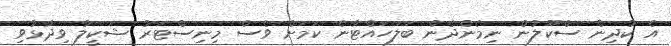
އެ ކުދިން ސްކޫލުން ނިމެންދެން ބަލަހައްޓާނެ ކަމަށް ވެސް މިނިސްޓަރު ޝަކީލާ ވިދާޅުވި